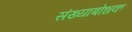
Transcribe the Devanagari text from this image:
संख्याबोधक